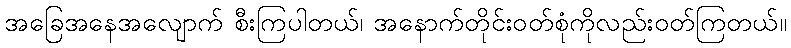
အခြေအနေအလျောက် စီးကြပါတယ်၊ အနောက်တိုင်းဝတ်စုံကိုလည်းဝတ်ကြတယ်။